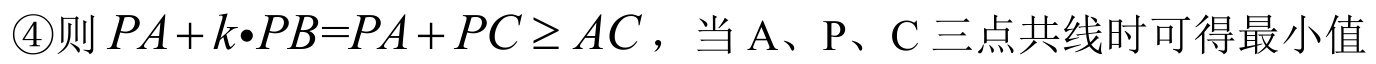
\textcircled{4}则\(PA + k\cdot PB=PA + PC\geq AC\)，当\(A\)、\(P\)、\(C\)三点共线时可得最小值